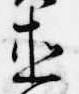
直